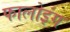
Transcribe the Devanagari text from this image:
फालोइंग